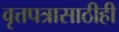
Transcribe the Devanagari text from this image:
वृत्तपत्रासाठीही